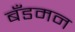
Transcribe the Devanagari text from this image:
बँडमन